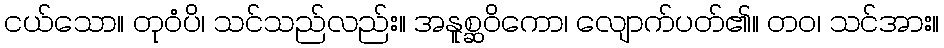
ငယ်သော။ တုဝံပိ၊ သင်သည်လည်း။ အနူစ္ဆဝိကော၊ လျောက်ပတ်၏။ တဝ၊ သင်အား။